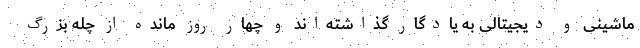
ماشینی و دیجیتالی به یادگار گذاشته‌اند و چهار روز مانده از چله بزرگ